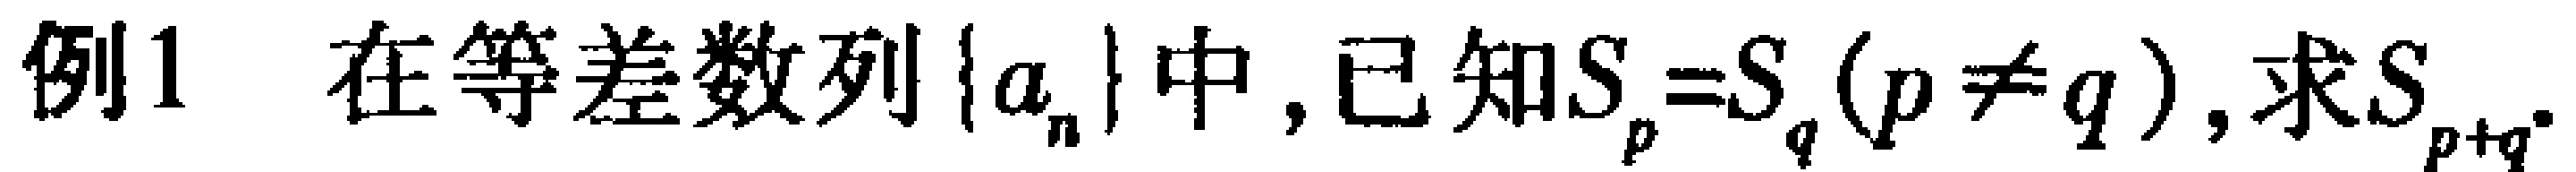
例1 在等差数列\(\{a_{n}\}\)中，已知\(S_{p}=S_{q}(p \neq q)\)，求\(S_{p + q}\)。